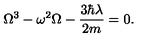
\Omega ^ { 3 } - \omega ^ { 2 } \Omega - \frac { 3 \hbar \lambda } { 2 m } = 0 .